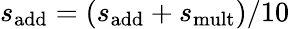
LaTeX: {s}_{\mathrm{add}}=({s}_{\mathrm{add}}+{s}_{\mathrm{mult}})/10